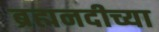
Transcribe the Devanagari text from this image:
ब्रह्मनदीच्या